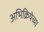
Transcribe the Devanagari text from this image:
अभिक्रियेच्या